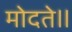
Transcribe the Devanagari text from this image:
मोदते॥